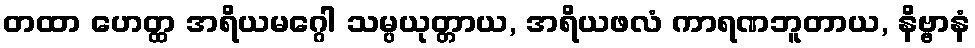
တထာ ဟေတ္ထ အရိယမဂ္ဂေါ သမ္ပယုတ္တာယ, အရိယဖလံ ကာရဏဘူတာယ, နိဗ္ဗာနံ